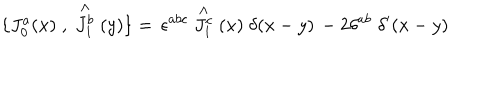
LaTeX: \{ J _ { 0 } ^ { a } ( x ) \; , \; \stackrel { \wedge } { J _ { 1 } ^ { b } } ( y ) \} = \, \epsilon ^ { a b c } \stackrel { \wedge } { J _ { 1 } ^ { c } } ( x ) \; \delta ( x - y ) \, - 2 \delta ^ { a b } \; \delta ^ { \prime } ( x - y )